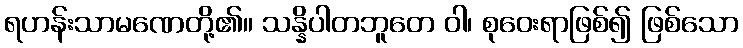
ရဟန်းသာမဏေတို့၏။ သန္နိပါတဘူတေ ဝါ၊ စုဝေးရာဖြစ်၍ ဖြစ်သော